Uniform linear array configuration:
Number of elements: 16
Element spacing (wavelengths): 0.5
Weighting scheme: hann
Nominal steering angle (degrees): -45
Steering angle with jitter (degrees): -44.486
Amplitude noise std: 0.05
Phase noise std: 0.05

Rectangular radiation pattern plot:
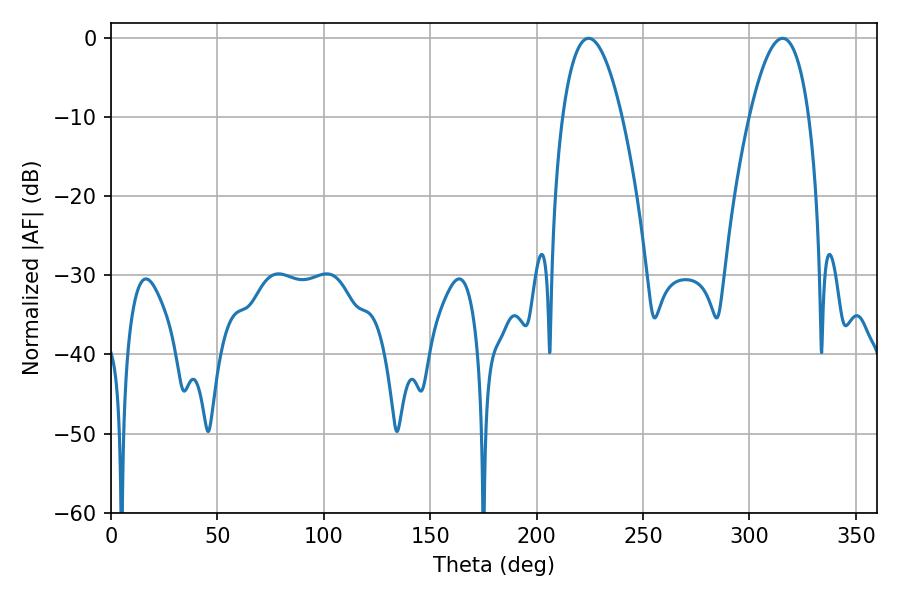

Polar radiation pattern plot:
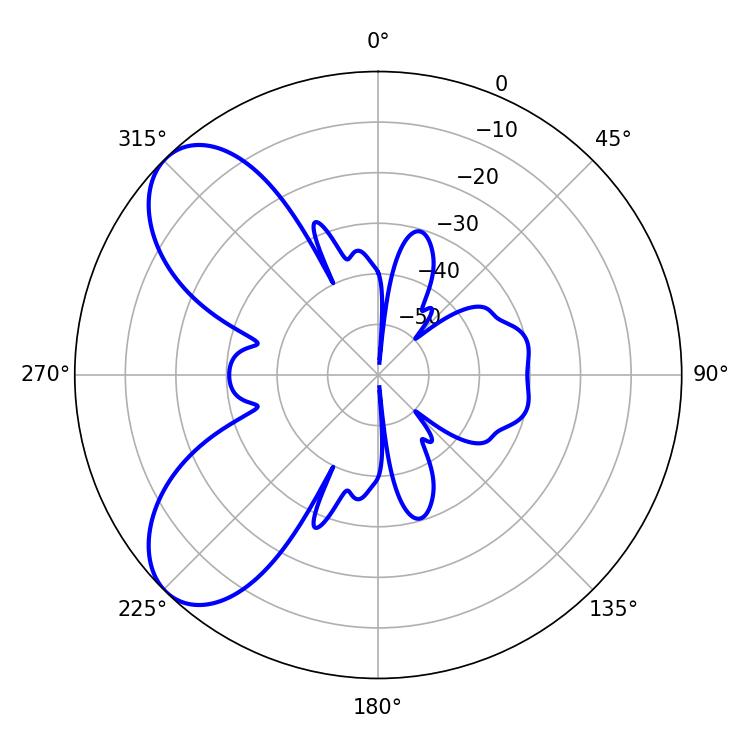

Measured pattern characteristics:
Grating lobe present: FALSE
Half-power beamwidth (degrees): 15.48
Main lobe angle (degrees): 224.46